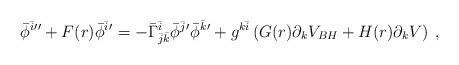
LaTeX: \begin{align*}\bar{\phi}^{\bar{i}}{''} + F(r) \bar{\phi}^{\bar{i}}{'} = - \bar{\Gamma}^{\bar{i}}_{\bar{j}\bar{k}}\bar{\phi}^{\bar{j}}{'}\bar{\phi}^{\bar{k}}{'} + g^{k\bar{i}}\left(G(r)\partial_{k}V_{BH} + H(r)\partial_{k}V\right) \:, \end{align*}